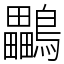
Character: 鸓